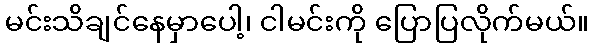
မင်းသိချင်နေမှာပေါ့၊ ငါမင်းကို ပြောပြလိုက်မယ်။